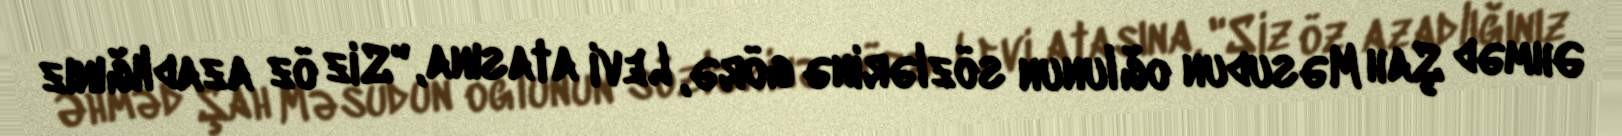
Əhməd Şah Məsudun oğlunun sözlərinə görə, Levi atasına, "Siz öz azadlığınız